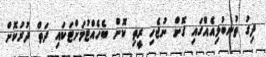
ދިގު ތުނބުޅިއެއްގައި ގޮށް ނުޖެހި ރީތި ކޮށް ބެހެއްޓުމަށްޓަކައި ދަތް ދުރުކޮށް